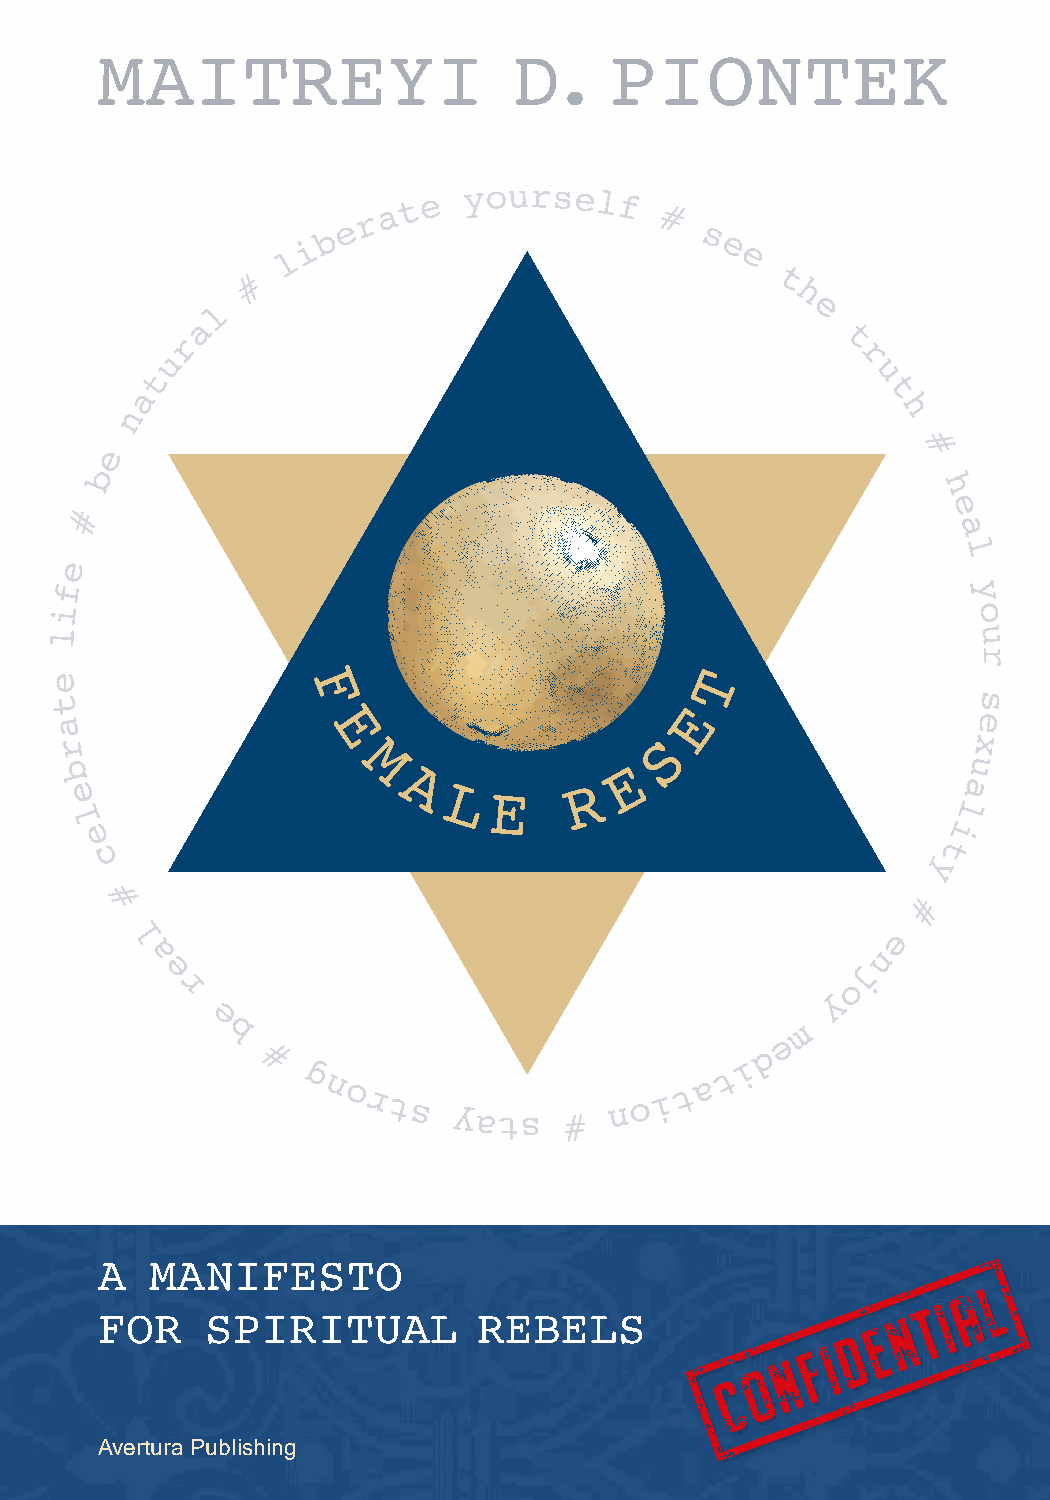
MAITREYI                    D.    PIONTEK
 A   MANIFESTO
 FOR     SPIRITUAL         REBELS
 Avertura Publishing